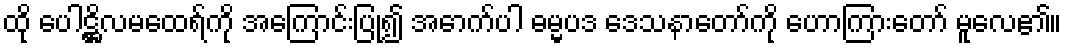
ထို ပေါဋ္ဌိလမထေရ်ကို အကြောင်းပြု၍ အောက်ပါ ဓမ္မပဒ ဒေသနာတော်ကို ဟောကြားတော် မူလေ၏။